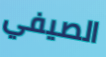
الصيفي